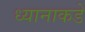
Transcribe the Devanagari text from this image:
ध्यानाकडे